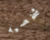
شخصيه